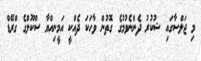
މި ޖަލްސާގައި ޝުކުރު ދެންނެވުމުގެ ގޮތުން ވާހަކަ ދެއްކީ އަމީނިއްޔާ ސްކޫލްގެ ގްރޭޑް